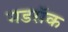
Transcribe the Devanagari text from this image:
मडरॉक